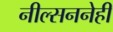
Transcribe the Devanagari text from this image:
नील्सननेही